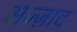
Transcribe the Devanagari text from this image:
सज्ज़ाद